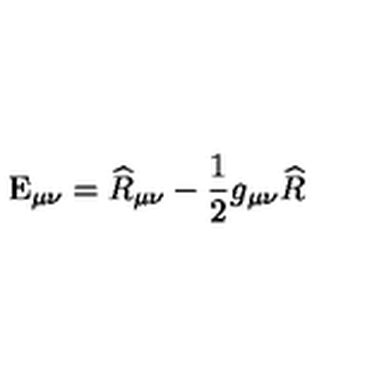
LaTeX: \mathrm { E } _ { \mu \nu } = \widehat { R } _ { \mu \nu } - \frac { 1 } { 2 } g _ { \mu \nu } \widehat { R }